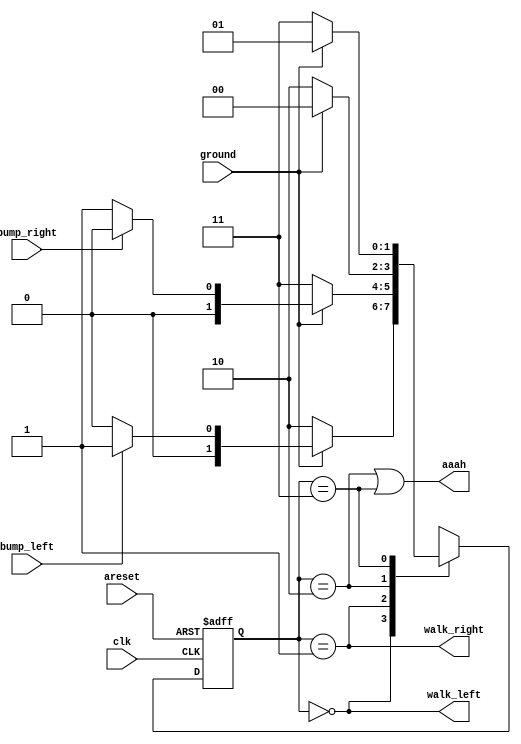
module top_module(
    input clk,
    input areset,    // Freshly brainwashed Lemmings walk left.
    input bump_left,
    input bump_right,
    input ground,
    output walk_left,
    output walk_right,
    output aaah ); 
	
    // declaration
    parameter wl=2'b00,wr=2'b01,fl=2'b10,fr=2'b11;
    reg [1:0] state,next;
    
    // state transition logic
    always @(*) begin
        case(state)
            wl: begin
                if(~ground)			next = fl;
                else if(bump_left) 	next = wr;
                else 				next = wl;
            end
            wr:begin
                if(~ground)			next = fr;
                else if(bump_right) next = wl;
                else 				next = wr;
            end
            fl:begin
                if(ground)			next = wl;
                else 				next = fl;
            end
           	fr:begin
                if(ground)			next = wr;
                else 				next = fr;
            end
        endcase
    end
    
    // state flip-flops (DFF)
    always @(posedge clk, posedge areset) begin
        if(areset)
            state <=wl;
        else
            state <= next;
    end
    
    // output logic
	assign walk_left = (state == wl);
	assign walk_right = (state == wr);
    assign aaah = (state == fl)||(state == fr);
endmodule